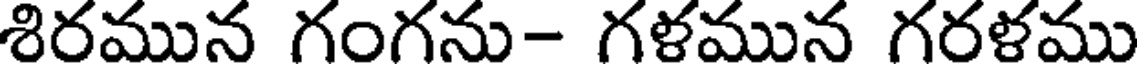
శిరమున గంగను- గళమున గరళము